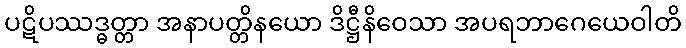
ပဋိပဿဒ္ဓတ္တာ အနာပတ္တိနယော ဒိဋ္ဌီနိဝေသာ အပရဘာဂေယေဝါတိ